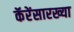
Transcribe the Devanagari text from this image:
कॅरेंसारख्या